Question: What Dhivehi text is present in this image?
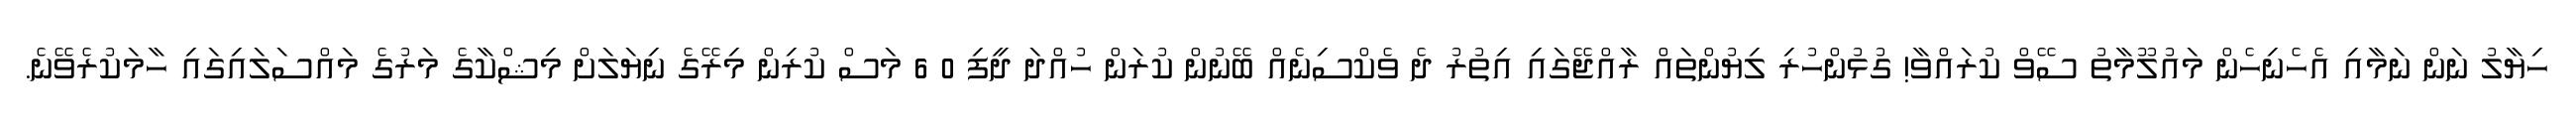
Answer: ހިޔާލު ނަން ނަމާއި އެހެނިހެން މައުލޫމާތު ސޭވް ކުރައްވާ! ގުޅުންހުރި ލިޔުންތައް ރާއްޖޭގައި އިތުރު ދެ ވެކްސިނެއް ބޭނުން ކުރަން ހުއްދަ ދީފި 0 6 މަސް ކުރިން މިރޭގެ ނިޔަލަށް މިޝްކާގެ މަރުގެ މައްސަލައިގައި ހާމަކުރެވޭނެ.